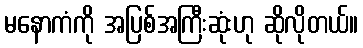
မနောကံကို အပြစ်အကြီးဆုံးဟု ဆိုလိုတယ်။